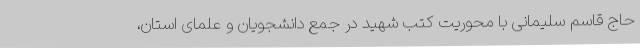
حاج قاسم سلیمانی با محوریت کتب شهید در جمع دانشجویان و علمای استان،